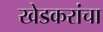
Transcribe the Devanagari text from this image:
खेडकरांचा